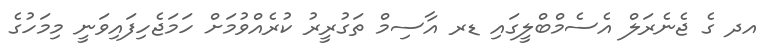
އދ ގެ ޖެނެރަލް އެސެމްބްލީގައި ޑރ އާސިމް ތަގުރީރު ކުރެއްވުމަށް ހަމަޖެހިފައިވަނީ މިމަހުގެ